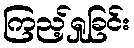
ကြည့်ရှုခြင်း